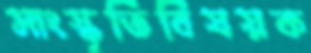
সাংস্কৃতিবিষয়ক